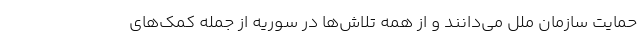
حمایت سازمان ملل می‌دانند و از همه تلاش‌ها در سوریه از جمله کمک‌های